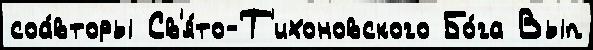
соа́вторы Св'я́то-Т'ихоновского Бо́га Вып